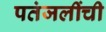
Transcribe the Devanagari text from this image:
पतंजलींची